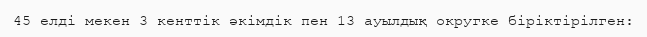
45 елді мекен 3 кенттік әкімдік пен 13 ауылдық округке біріктірілген: